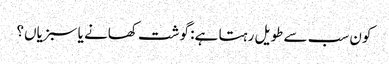
کون سب سے طویل رہتا ہے: گوشت کھانے یا سبزیاں؟